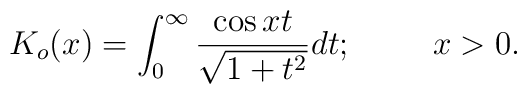
K_o(x)=\int_0^\infty\frac{\cos xt}{\sqrt{1+t^2}}dt;\hspace*{1cm}x>0.